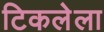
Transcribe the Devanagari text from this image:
टिकलेला